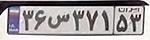
۳۶س۳۷۱۵۳